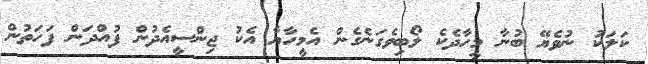
ކަލަކު ނުވެޔޭ ބުނާ މީހާދެކެ ލޯބިވެގަނެގެން އެމީހާޔާ އެކު ޖިންސީއެދުން ފުއްދަން ފަހަތުން